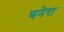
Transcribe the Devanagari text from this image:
घनेरा